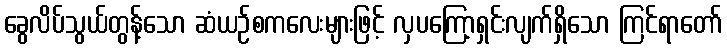
ခွေလိပ်သွယ်တွန့်သော ဆံယဉ်စကလေးများဖြင့် လှပကြော့ရှင်းလျက်ရှိသော ကြင်ရာတော်